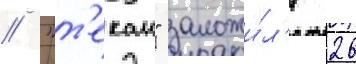
// "т'екаи" заложи́л'и 26